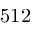
5 1 2